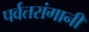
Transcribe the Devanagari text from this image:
पर्वतरांगानी